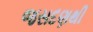
જસદણથી